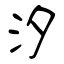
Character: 汐